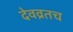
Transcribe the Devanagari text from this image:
देवव्रतच